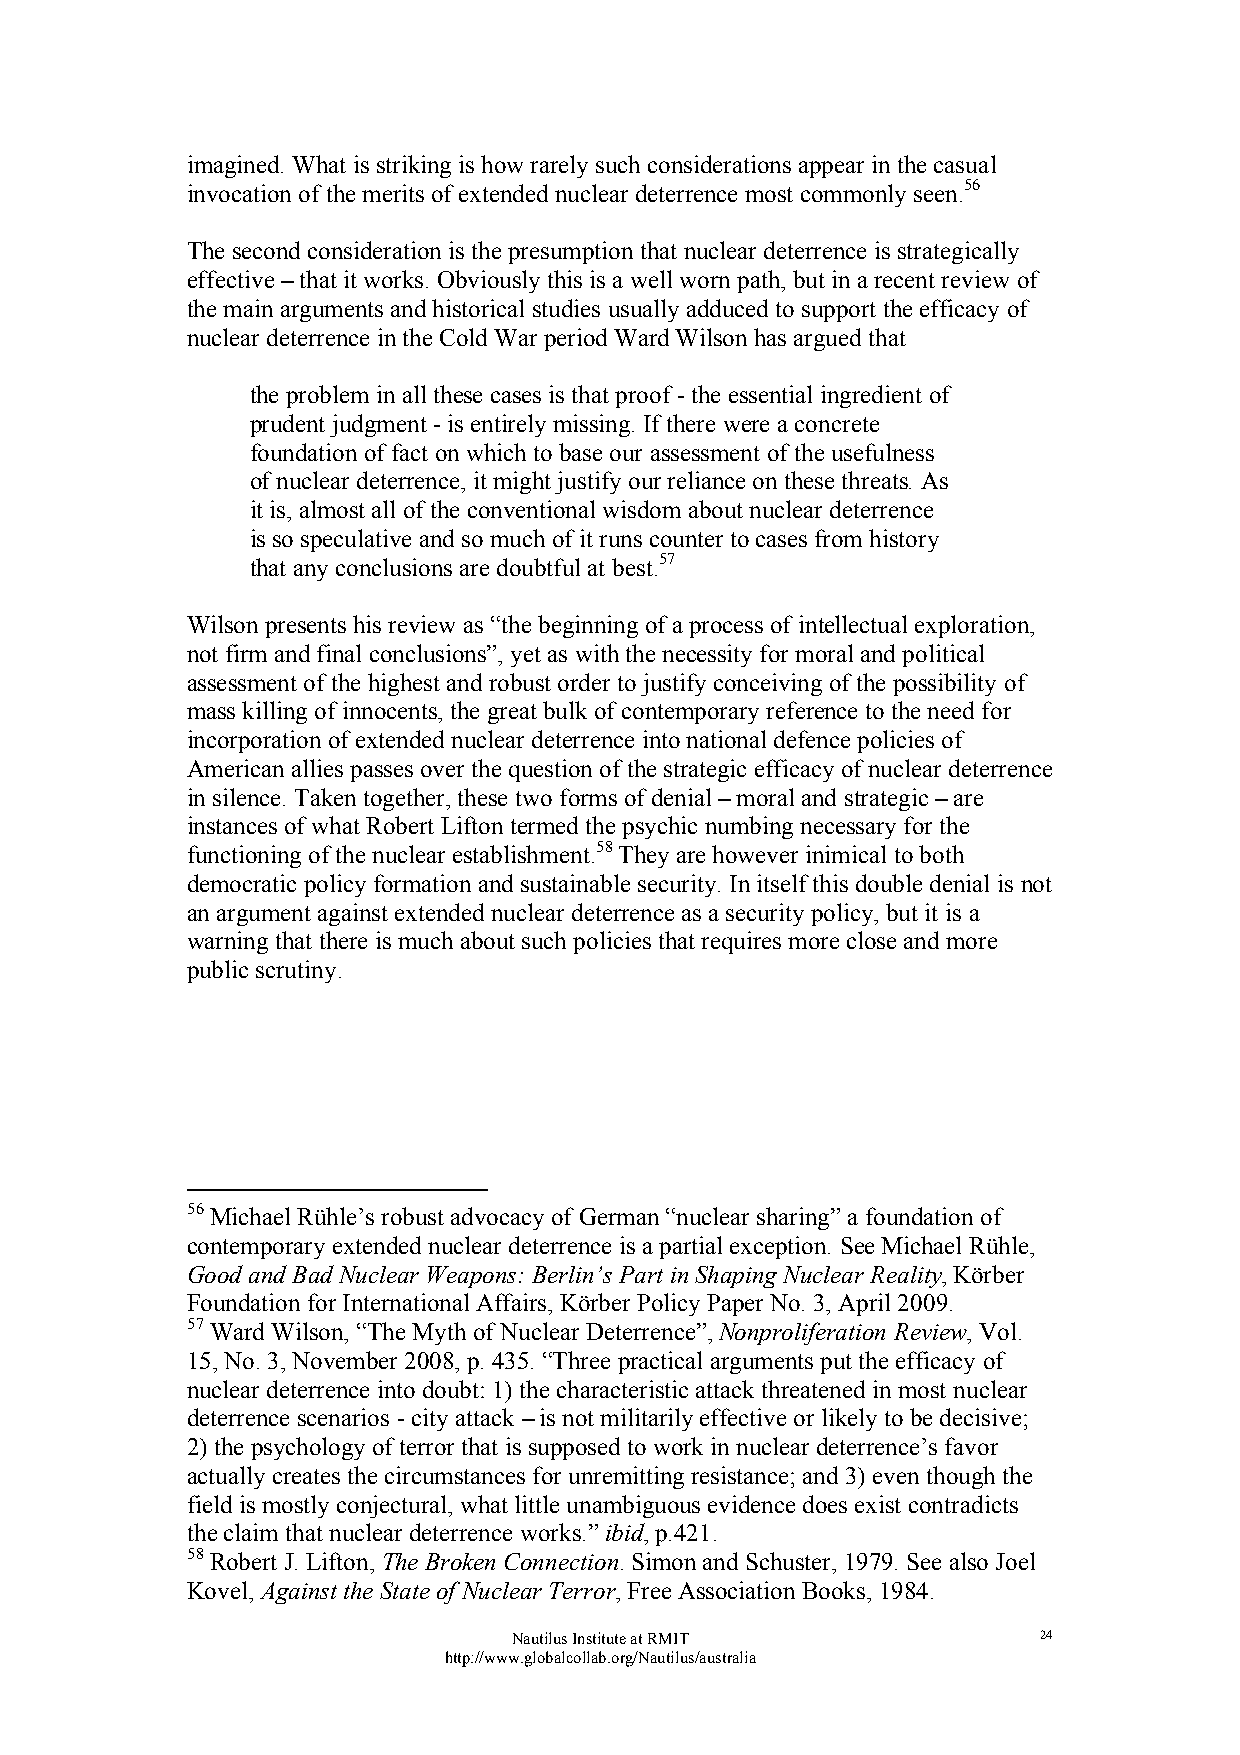
imagined. What is striking is how rarely such considerations appear in the casual
 invocation of the merits of extended nuclear deterrence most commonly seen.56
 The second consideration is the presumption that nuclear deterrence is strategically
 effective – that it works. Obviously this is a well worn path, but in a recent review of
 the main arguments and historical studies usually adduced to support the efficacy of
 nuclear deterrence in the Cold War period Ward Wilson has argued that
 the problem in all these cases is that proof - the essential ingredient of
 prudent judgment - is entirely missing. If there were a concrete
 foundation of fact on which to base our assessment of the usefulness
 of nuclear deterrence, it might justify our reliance on these threats. As
 it is, almost all of the conventional wisdom about nuclear deterrence
 is so speculative and so much of it runs counter to cases from history
 that any conclusions are doubtful at best.57
 Wilson presents his review as “the beginning of a process of intellectual exploration,
 not firm and final conclusions”, yet as with the necessity for moral and political
 assessment of the highest and robust order to justify conceiving of the possibility of
 mass killing of innocents, the great bulk of contemporary reference to the need for
 incorporation of extended nuclear deterrence into national defence policies of
 American allies passes over the question of the strategic efficacy of nuclear deterrence
 in silence. Taken together, these two forms of denial – moral and strategic – are
 instances of what Robert Lifton termed the psychic numbing necessary for the
 functioning of the nuclear establishment.58 They are however inimical to both
 democratic policy formation and sustainable security. In itself this double denial is not
 an argument against extended nuclear deterrence as a security policy, but it is a
 warning that there is much about such policies that requires more close and more
 public scrutiny.
 56 Michael Rühle’s robust advocacy of German “nuclear sharing” a foundation of
 contemporary extended nuclear deterrence is a partial exception. See Michael Rühle,
 Good and Bad Nuclear Weapons: Berlin’s Part in Shaping Nuclear Reality, Körber
 Foundation for International Affairs, Körber Policy Paper No. 3, April 2009.
 57 Ward Wilson, “The Myth of Nuclear Deterrence”, Nonproliferation Review, Vol.
 15, No. 3, November 2008, p. 435. “Three practical arguments put the efficacy of
 nuclear deterrence into doubt: 1) the characteristic attack threatened in most nuclear
 deterrence scenarios - city attack – is not militarily effective or likely to be decisive;
 2) the psychology of terror that is supposed to work in nuclear deterrence’s favor
 actually creates the circumstances for unremitting resistance; and 3) even though the
 field is mostly conjectural, what little unambiguous evidence does exist contradicts
 the claim that nuclear deterrence works.” ibid, p.421.
 58 Robert J. Lifton, The Broken Connection. Simon and Schuster, 1979. See also Joel
 Kovel, Against the State of Nuclear Terror, Free Association Books, 1984.
 Nautilus Institute at RMIT         24
 http://www.globalcollab.org/Nautilus/australia